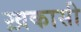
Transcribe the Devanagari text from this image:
ख़कासी